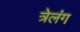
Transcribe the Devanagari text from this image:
त्रेलंग